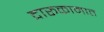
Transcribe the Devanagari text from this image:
दारूकामात